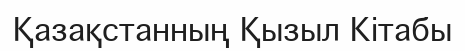
Қазақстанның Қызыл Кітабы